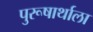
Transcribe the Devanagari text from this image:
पुरूषार्थाला